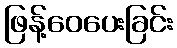
ဖြန့်ဝေပေးခြင်း